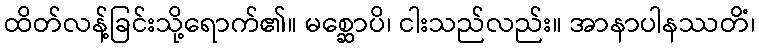
ထိတ်လန့်ခြင်းသို့ရောက်၏။ မစ္ဆောပိ၊ ငါးသည်လည်း။ အာနာပါနဿတိံ၊